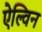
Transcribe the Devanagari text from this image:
ऐल्विन